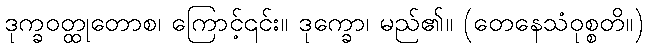
ဒုက္ခဝတ္ထုတောစ၊ ကြောင့်၎င်း။ ဒုက္ခော၊ မည်၏။ (တေနေသံဝုစ္စတိ။)